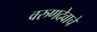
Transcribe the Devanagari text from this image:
वरुणदेवाचे